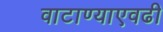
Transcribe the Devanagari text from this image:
वाटाण्याएवढी